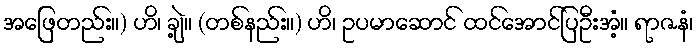
အဖြေတည်း။) ဟိ၊ ချဲ့။ (တစ်နည်း။) ဟိ၊ ဥပမာဆောင် ထင်အောင်ပြဦးအံ့။ ရာဇနံ၊